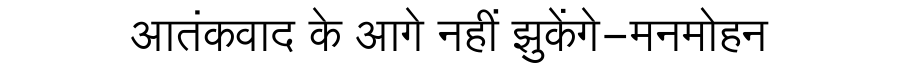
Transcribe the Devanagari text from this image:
आतंकवाद के आगे नहीं झुकेंगे-मनमोहन